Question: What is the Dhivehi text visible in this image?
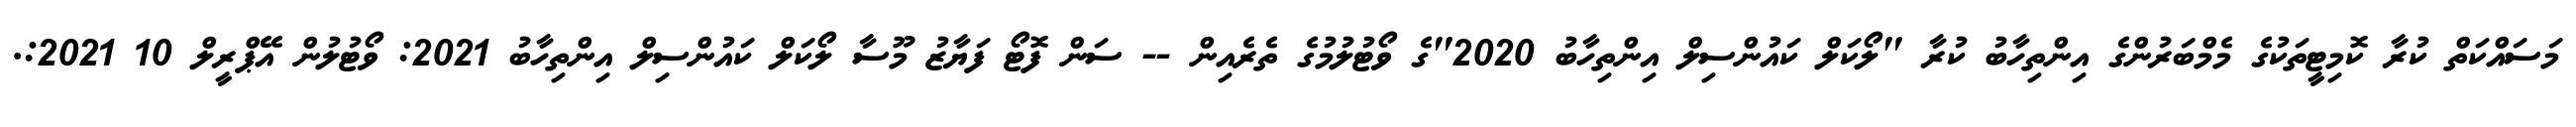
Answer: މަސައްކަތް ކުރާ ކޮމިޓީތަކުގެ މެމްބަރުންގެ އިންތިހާބު ކުރާ "ލޯކަލް ކައުންސިލް އިންތިހާބު 2020"ގެ ވޯޓުލުމުގެ ތެރެއިން -- ސަން ފޮޓޯ ފަޔާޒު މޫސާ ލޯކަލް ކައުންސިލް އިންތިހާބު 2021: ވޯޓުލުން އޭޕްރީލް 10 2021:.